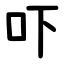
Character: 吓